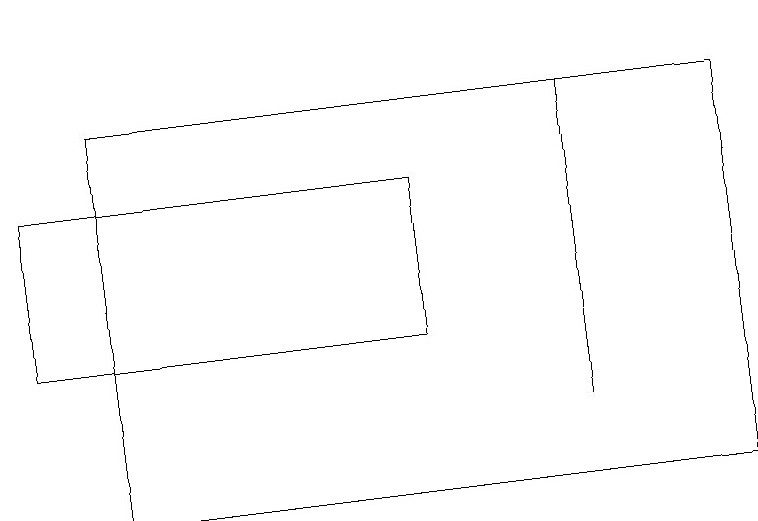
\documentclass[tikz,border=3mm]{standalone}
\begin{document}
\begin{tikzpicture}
\draw (7,16) rectangle (7,12);
\draw (7,17) rectangle (7,17);
\draw (5,13) rectangle (0,15);
\draw (1,16) rectangle (9,11);
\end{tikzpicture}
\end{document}